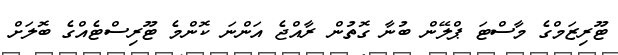
ޓޫރިޒަމްގެ މާސްޓަ ޕްލޭން ބުނާ ގޮތުން ރާއްޖެ އަންނަ ކޮންމެ ޓޫރިސްޓެއްގެ ބޮލަށް